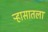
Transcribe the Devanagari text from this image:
र्‍हासातला